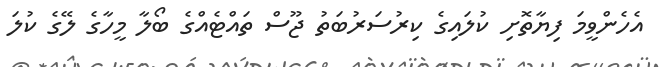
އެހެންވީމަ ފިޔާތޮށި ކުލައިގެ ކިރުސަރުބަތު ޖޫސް ތައްޓެއްގެ ބޯލާ މީހާގެ ލޭގެ ކުލަ